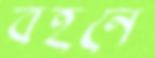
বহনে